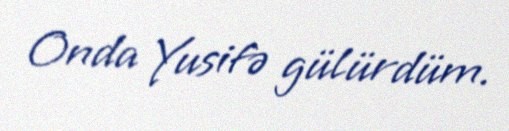
Onda Yusifə gülürdüm.